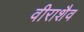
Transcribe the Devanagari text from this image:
वीराशैव